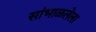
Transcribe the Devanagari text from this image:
सांभाळलेला